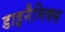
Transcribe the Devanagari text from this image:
डाइनैमिक्स